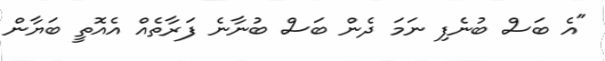
"އެ ބަސް ބުނެފި ނަމަ ދެން ބަސް ބުނާނެ ފަރާތެއް އެއޮތީ ބަޔާން